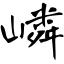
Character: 嶙